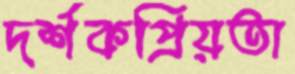
দর্শকপ্রিয়তা